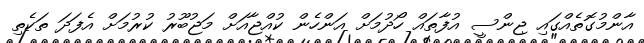
އާންމުގޮތެއްގައި ޖިންސީ އުފާތައް ހޯދުމަށް އަންހެން ކުއްޖާއަށް މަޖުބޫރު ކުރުމަށް އެފަދަ ތަކެތި